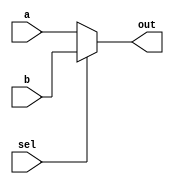
`timescale 1ns / 1ps
//////////////////////////////////////////////////////////////////////////////////
// Company: 
// Engineer: 
// 
// Design Name: 
// Module Name:    mux_2_1 
// Project Name: 
// Target Devices: 
// Tool versions: 
// Description: 
//
// Dependencies: 
//
// Revision: 
// Revision 0.01 - File Created
// Additional Comments: 
//
//////////////////////////////////////////////////////////////////////////////////
module mux_2_1(
    input a,b,sel,
    output out
    );
	assign out = sel ? b:a;

endmodule